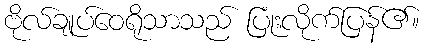
ဗိုလ်ချုပ်ဝေရိုသာသည် ပြုံးလိုက်ပြန်၏။